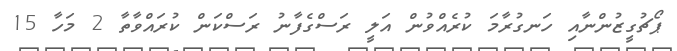
ޕޯޗުގީޒުންނާއި ހަނގުރާމަ ކުރެއްވުން އަލީ ރަސްގެފާނު ރަސްކަން ކުރައްވާތާ 2 މަހާ 15